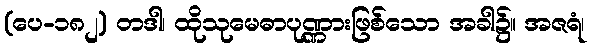
(ပေ-၁၈၂) တဒါ၊ ထိုသုမေဓာပုဏ္ဏားဖြစ်သော အခါ၌။ အဇရံ၊